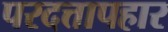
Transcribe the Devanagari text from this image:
परदत्तापहार